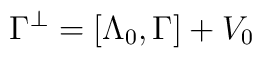
\Gamma^\perp=[\Lambda_0, \Gamma] + V_0